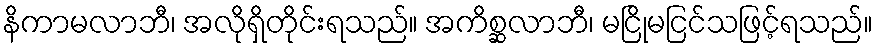
နိကာမလာဘီ၊ အလိုရှိတိုင်းရသည်။ အကိစ္ဆလာဘီ၊ မငြိုမငြင်သဖြင့်ရသည်။